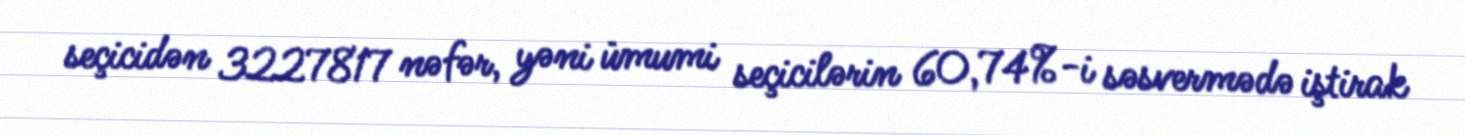
seçicidən 3227817 nəfər, yəni ümumi seçicilərin 60,74%-i səsvermədə iştirak